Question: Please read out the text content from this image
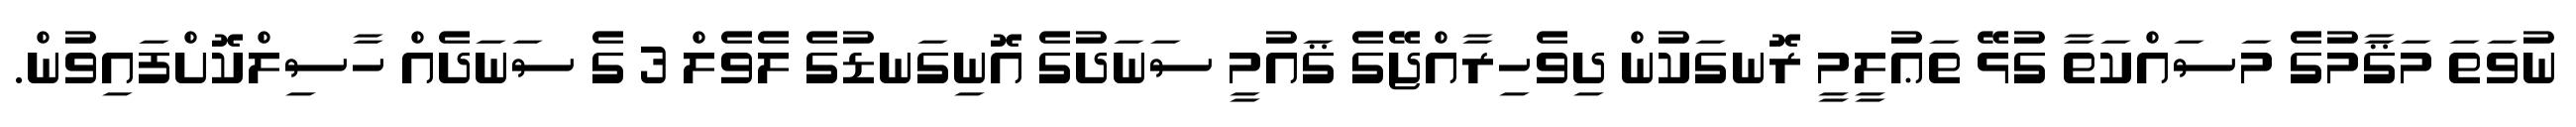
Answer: ނުވަތަ މަޤާމުގެ މަސައްކަތާ ގުޅޭ ތަޢުލީމީ ރޮނގަކުން ދިވެހިރާއްޖޭގެ ޤައުމީ ސަނަދުގެ އޮނިގަނޑުގެ ލެވެލް 3 ގެ ސަނަދެއް ހާސިލްކޮށްފައިވުން.